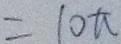
= 1 0 \pi